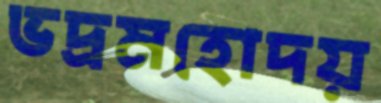
ভদ্রমহোদয়